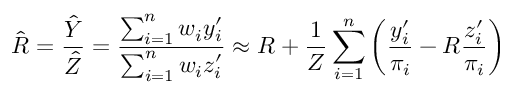
{ \hat { R } } = { \frac { \hat { Y } } { \hat { Z } } } = { \frac { \sum _ { i = 1 } ^ { n } w _ { i } y _ { i } ^ { \prime } } { \sum _ { i = 1 } ^ { n } w _ { i } z _ { i } ^ { \prime } } } \approx R + { \frac { 1 } { Z } } \sum _ { i = 1 } ^ { n } \left( { \frac { y _ { i } ^ { \prime } } { \pi _ { i } } } - R { \frac { z _ { i } ^ { \prime } } { \pi _ { i } } } \right)